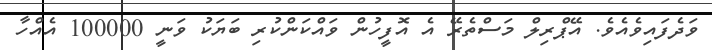
ވަދެފައިވެއެވެ. އޭޕްރިލް މަސްތެރޭ އެ އޮފީހުން ވައްކަންކުރި ބަޔަކު ވަނީ 100000 އެއްހާ